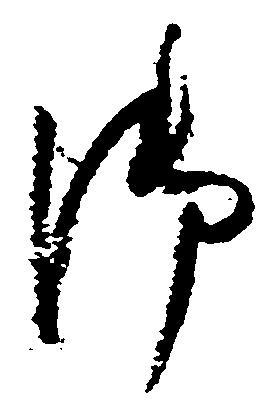
御